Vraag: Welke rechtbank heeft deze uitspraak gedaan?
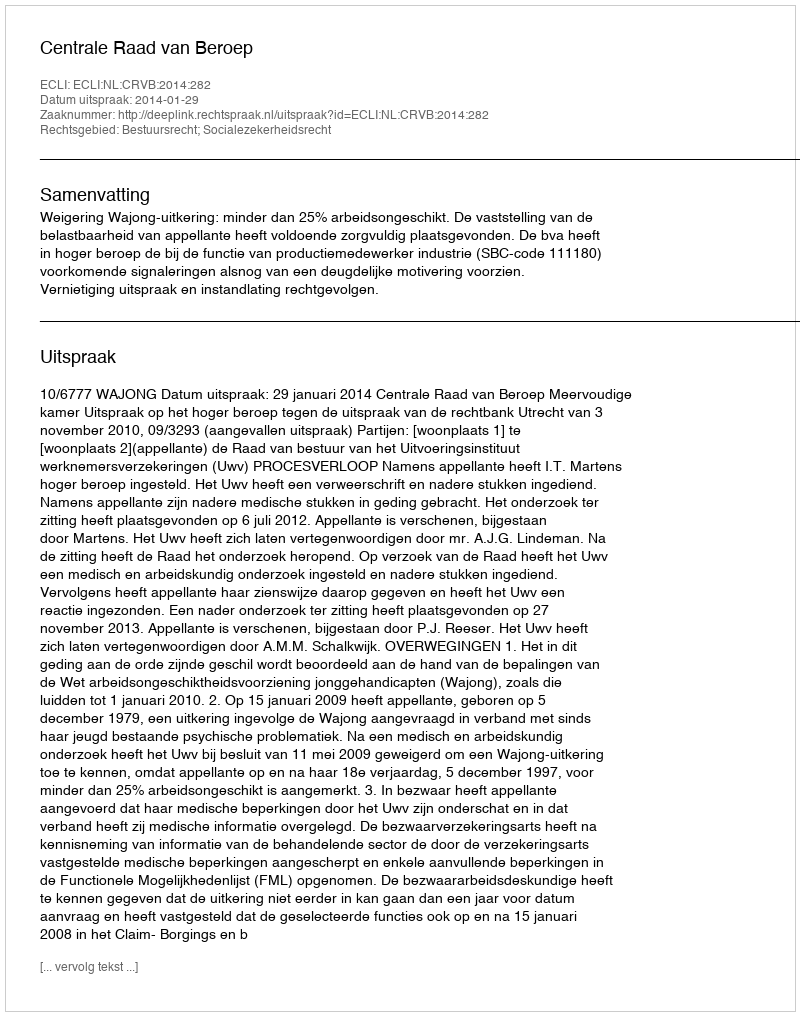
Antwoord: Centrale Raad van Beroep